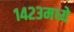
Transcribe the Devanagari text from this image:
१४२३मध्ये